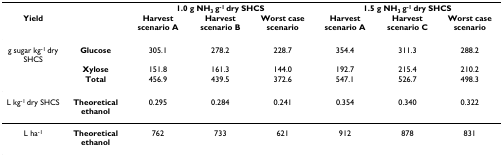
|  |  | <COLSPAN=3> 1.0 g NH3 g-1 dry SHCS | <COLSPAN=3> 1.5 g NH3 g-1 dry SHCS |
 | Yield |  | Harvest scenario A | Harvest scenario B | Worst case scenario | Harvest scenario A | Harvest scenario C | Worst case scenario |
 | --- | --- | --- | --- | --- | --- | --- | --- |
 | g sugar kg-1 dry SHCS | Glucose | 305.1 | 278.2 | 228.7 | 354.4 | 311.3 | 288.2 |
 |  | Xylose | 151.8 | 161.3 | 144.0 | 192.7 | 215.4 | 210.2 |
 |  | Total | 456.9 | 439.5 | 372.6 | 547.1 | 526.7 | 498.3 |
 | L kg-1 dry SHCS | Theoretical ethanol | 0.295 | 0.284 | 0.241 | 0.354 | 0.340 | 0.322 |
 | L ha-1 | Theoretical ethanol | 762 | 733 | 621 | 912 | 878 | 831 |